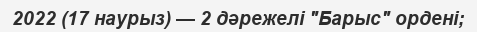
2022 (17 наурыз) — 2 дәрежелі "Барыс" ордені;